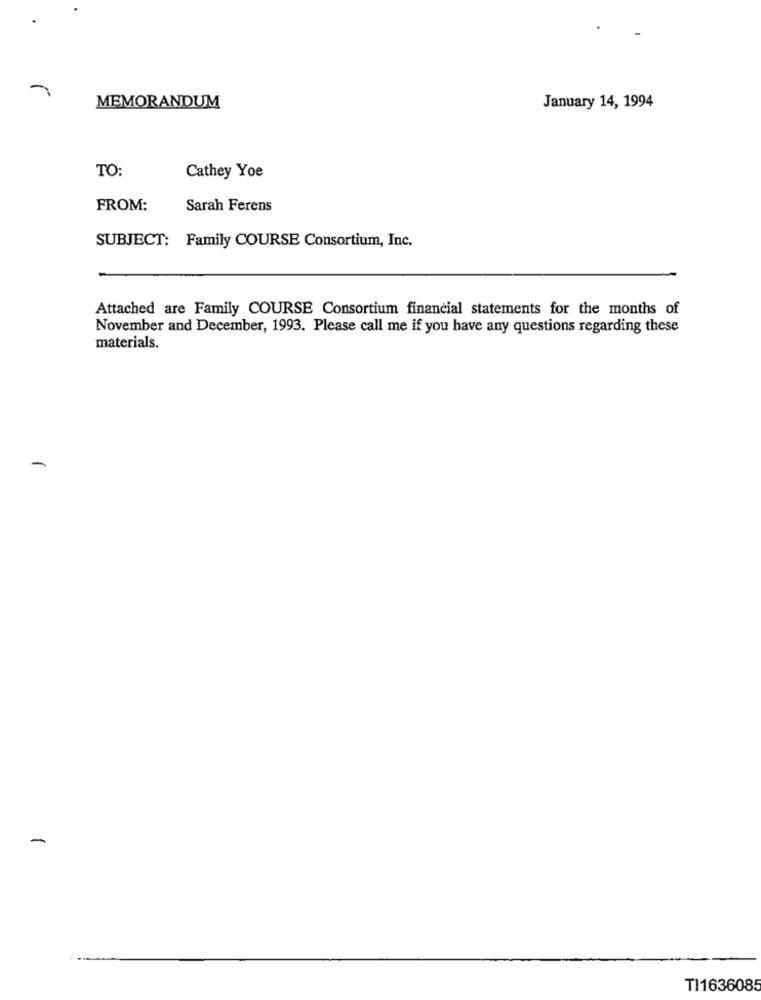
MEMORANDUM
January 14, 1994
TO:
Cathey Yoe
FROM:
Sarah Ferens
SUBJECT: Family COURSE Consortium, Inc.
Attached are Family COURSE Consortium financial statements for the months of
November and December, 1993. Please call me if you have any questions regarding these
materials.
TI1636085